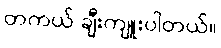
တကယ် ချီးကျူးပါတယ်။